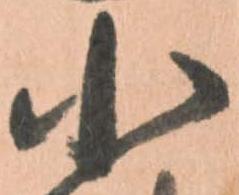
小